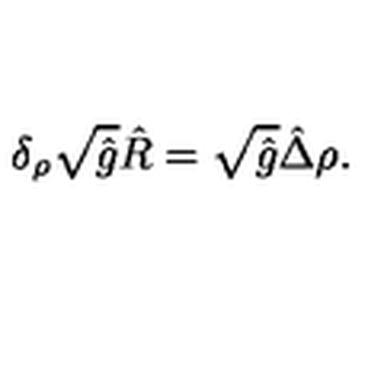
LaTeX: { \delta _ { \rho } } \sqrt { \hat { g } } \hat { R } = \sqrt { \hat { g } } \hat { \Delta } \rho .